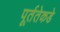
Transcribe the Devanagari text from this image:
पूर्ततेकडे